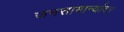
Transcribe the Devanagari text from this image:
जनसामान्यांवर